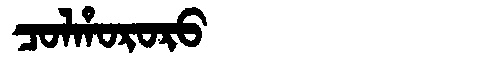
Manchu: ᠴᠣᠯᡥᠣᡵᠣᡵᠣ
Romanization: COLHORORO